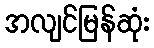
အလျင်မြန်ဆုံး